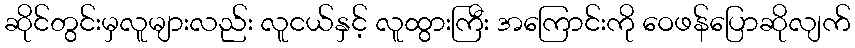
ဆိုင်တွင်းမှလူများလည်း လူငယ်နှင့် လူထွားကြီး အကြောင်းကို ဝေဖန်ပြောဆိုလျက်